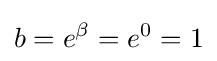
b=e^{\beta }=e^{0}=1